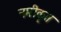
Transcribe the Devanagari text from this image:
नमीकृत